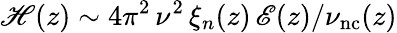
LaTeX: \mathscr{H}(z)\sim 4\pi^{2}\, \nu^{2}\, \xi_{n}(z)\, \mathscr{E}(z)/\nu_{\mathrm{nc}}(z)